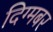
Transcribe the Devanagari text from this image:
दिग्मबर